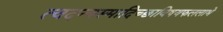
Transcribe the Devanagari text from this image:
त्वदन्यस्मादिच्छाविषयफललाभे